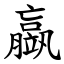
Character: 䇔